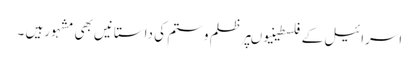
اسرائیل کے فلسطینیوںپرظلم وستم کی داستانیں بھی مشہورہیں ۔